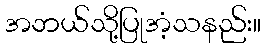
အဘယ်သို့ပြုအံ့သနည်း။